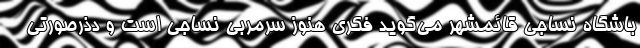
باشگاه نساجی قائمشهر می‌گوید فکری هنوز سرمربی نساجی است و دذرصورتی